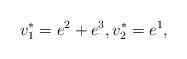
LaTeX: \begin{align*}v_1^* = e^2 + e^3, v_2^* = e^1,\end{align*}